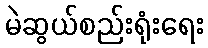
မဲဆွယ်စည်းရုံးရေး